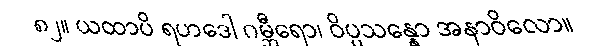
၈၂။ ယထာပိ ရဟဒေါ ဂမ္ဘီရော၊ ဝိပ္ပသန္နော အနာဝိလော။